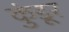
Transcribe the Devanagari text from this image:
कुंडूर